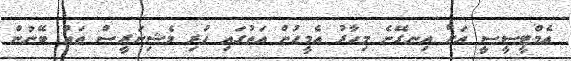
އެމްޓީސީސީ އަށް އިނގޭނެ މިހާރު އެމީހުން އަތުގައި ހުރި މެޝިނަރީސް ތައް ބޭނުން